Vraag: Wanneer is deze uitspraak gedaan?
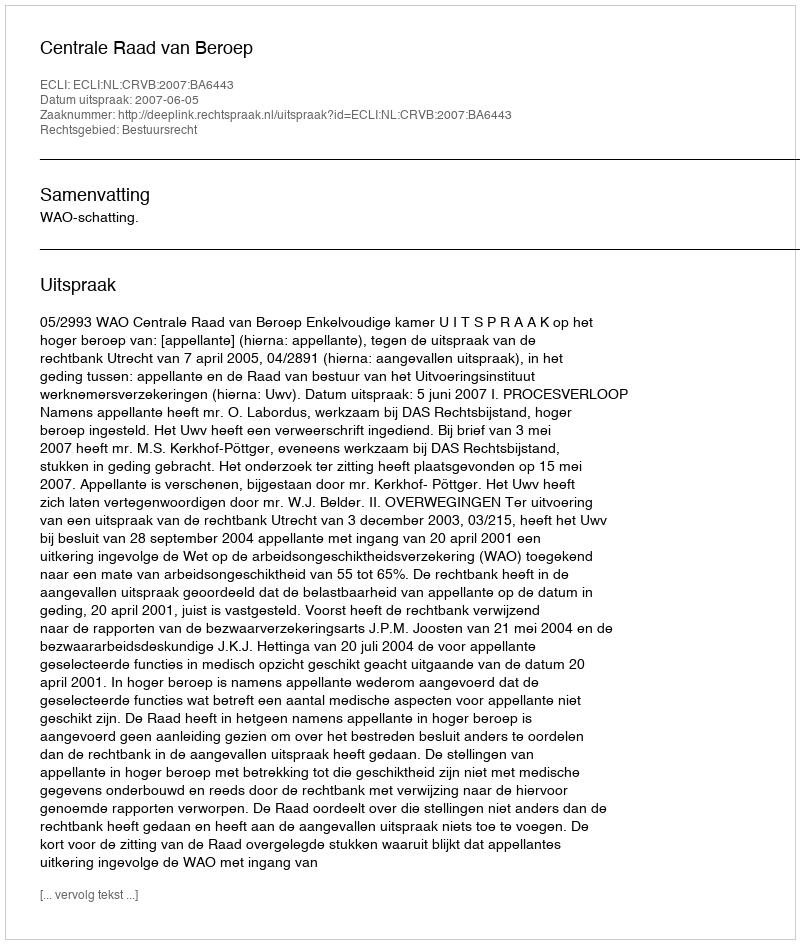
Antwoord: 2007-06-05